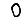
Digit: 0